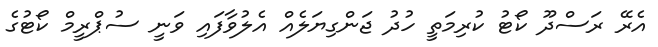
އެރޭ ރަސްދޫ ކޯޓު ކުރިމަތީ ހުދު ޖަންގިޔަލެއް އެލުވާފައި ވަނީ ސުޕްރީމް ކޯޓުގެ